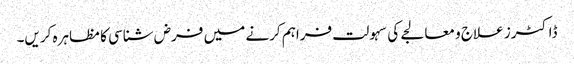
ڈاکٹرز علاج و معالجے کی سہولت فراہم کرنے میں فرض شناسی کا مظاہرہ کریں۔